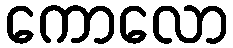
ကောလော